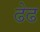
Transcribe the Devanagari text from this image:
ढेढ